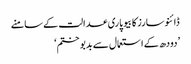
ڈائنوسارز کا بیوپاری عدالت کے سامنے
’دودھ کے استعمال سے بدبو ختم‘